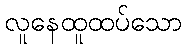
လူနေထူထပ်သော